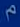
Transcribe